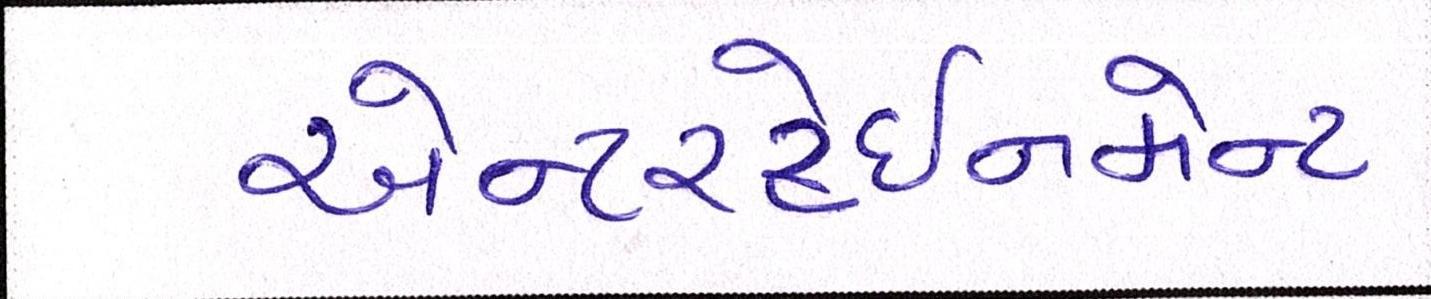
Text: એન્ટરટેઈનમેન્ટ